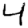
Digit: 4